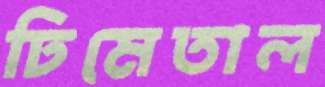
ঢিমেতাল